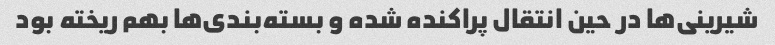
شیرینی‌ها در حین انتقال پراکنده شده و بسته‌بندی‌ها بهم ریخته بود